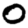
Digit: 0